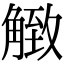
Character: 𧤡